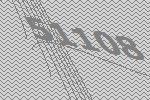
51108